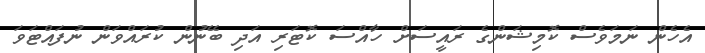
އެހެން ނަމަވެސް ކޮމިޝަންގެ ރައީސަށް ހާއްސަ ކޮޓަރި އަދި ބޭނުން ކުރައްވަން ނުފައްޓަވަ